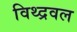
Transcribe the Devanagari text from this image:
विथ्द्रवल